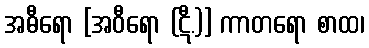
အဓီရော [အဝီရော (ဋီ.)] ကာတရော စာထ၊